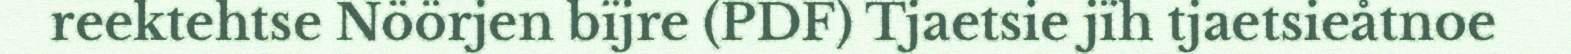
reektehtse Nöörjen bïjre (PDF) Tjaetsie jïh tjaetsieåtnoe